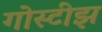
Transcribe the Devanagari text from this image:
गोस्टीझ